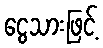
ငွေသားဖြင့်